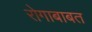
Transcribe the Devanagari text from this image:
रोगाबाबत